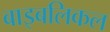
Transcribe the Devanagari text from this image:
बाइबलिकल